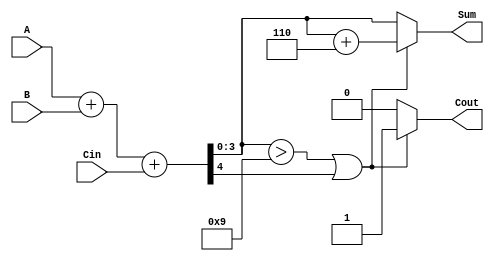
module BCD_Fast_Adder (
    input  wire [3:0] A,     // 4-bit BCD input A
    input  wire [3:0] B,     // 4-bit BCD input B
    input  wire Cin,         // Carry input
    output reg  [3:0] Sum,   // 4-bit BCD output Sum
    output reg  Cout         // Carry output
);

    wire [4:0] S;           // 5-bit sum to accommodate carry
    wire correction_needed;  // Flag to indicate if correction is needed

    // Step 1: Perform binary addition
    assign S = A + B + Cin;

    // Step 2: Check if correction is needed
    assign correction_needed = (S[3:0] > 4'd9) || S[4];

    // Step 3: BCD correction logic
    always @(*) begin
        if (correction_needed) begin
            Sum = S[3:0] + 4'b0110; // Add 6 to correct
            Cout = 1'b1;            // Set carry out
        end else begin
            Sum = S[3:0];           // No correction needed
            Cout = 1'b0;            // No carry out
        end
    end

endmodule